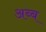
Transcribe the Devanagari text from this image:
अब्ब